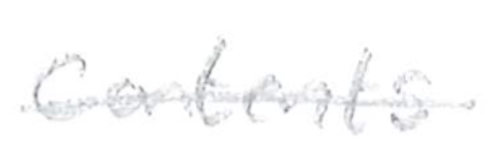
Text: contents
Cross-out: mix
Writing tool: pencil